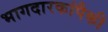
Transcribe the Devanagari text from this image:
भागदारकांपैकी